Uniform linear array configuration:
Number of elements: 4
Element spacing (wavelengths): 0.25
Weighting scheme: cosine
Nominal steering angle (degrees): -30
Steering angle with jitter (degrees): -29.563
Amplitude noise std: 0.05
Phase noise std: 0.05

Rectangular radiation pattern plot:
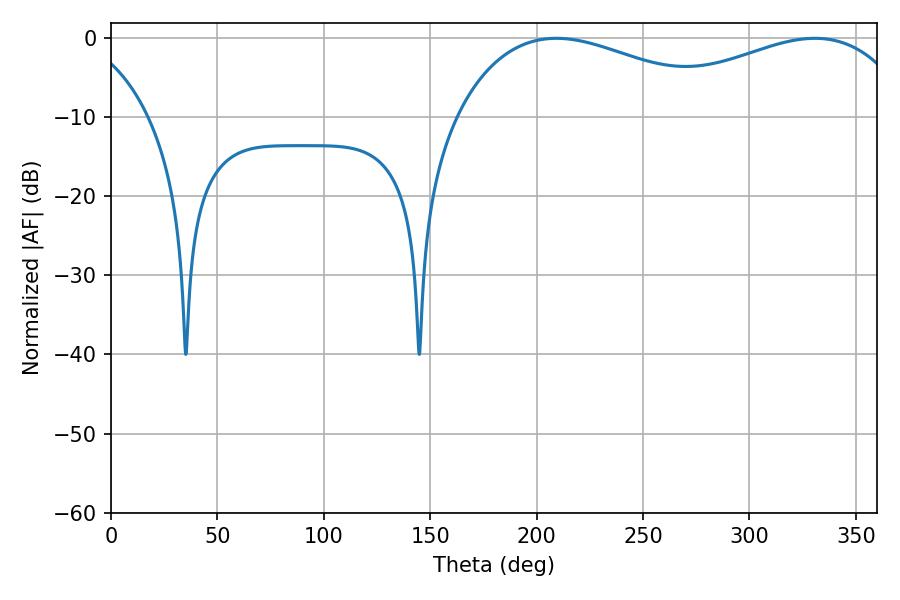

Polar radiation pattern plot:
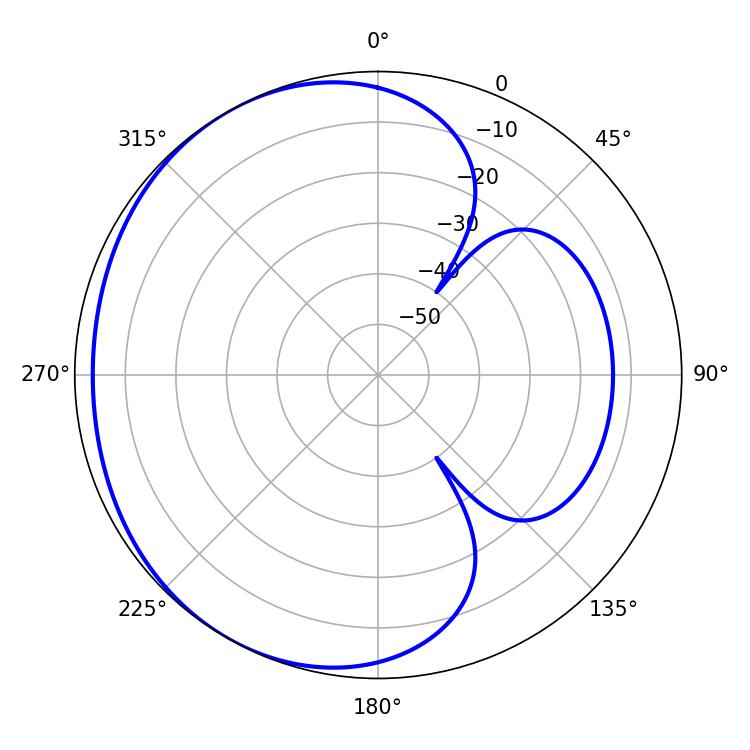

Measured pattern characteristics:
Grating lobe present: FALSE
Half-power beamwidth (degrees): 73.26
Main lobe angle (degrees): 209.34